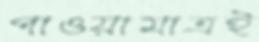
পাওয়ামাত্রই